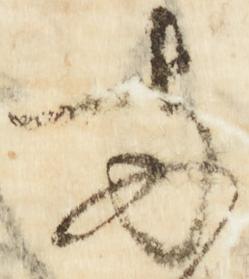
南